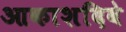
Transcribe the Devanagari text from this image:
आकाशदिवे